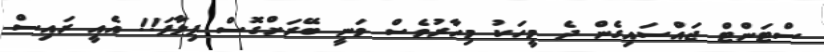
ސްޓަންޓް ޖައްސައިގެން ދެ މީހަކު މިހާރުވެސް ވަނީ ބޭރަށްގޮސް ފިލާފަ!! އެއީ ރައިސް